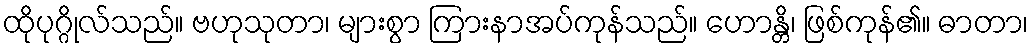
ထိုပုဂ္ဂိုလ်သည်။ ဗဟုသုတာ၊ များစွာ ကြားနာအပ်ကုန်သည်။ ဟောန္တိ၊ ဖြစ်ကုန်၏။ ဓာတာ၊